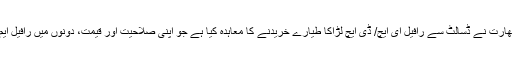
(واضح رہے کہ بھارت نے ڈسالٹ سے رافیل ای ایچ/ ڈی ایچ لڑاکا طیارے خریدنے کا معاہدہ کیا ہے جو اپنی صلاحیت اور قیمت، دونوں میں رافیل ایم سے بہت کم ہیں۔